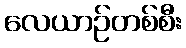
လေယာဉ်တစ်စီး